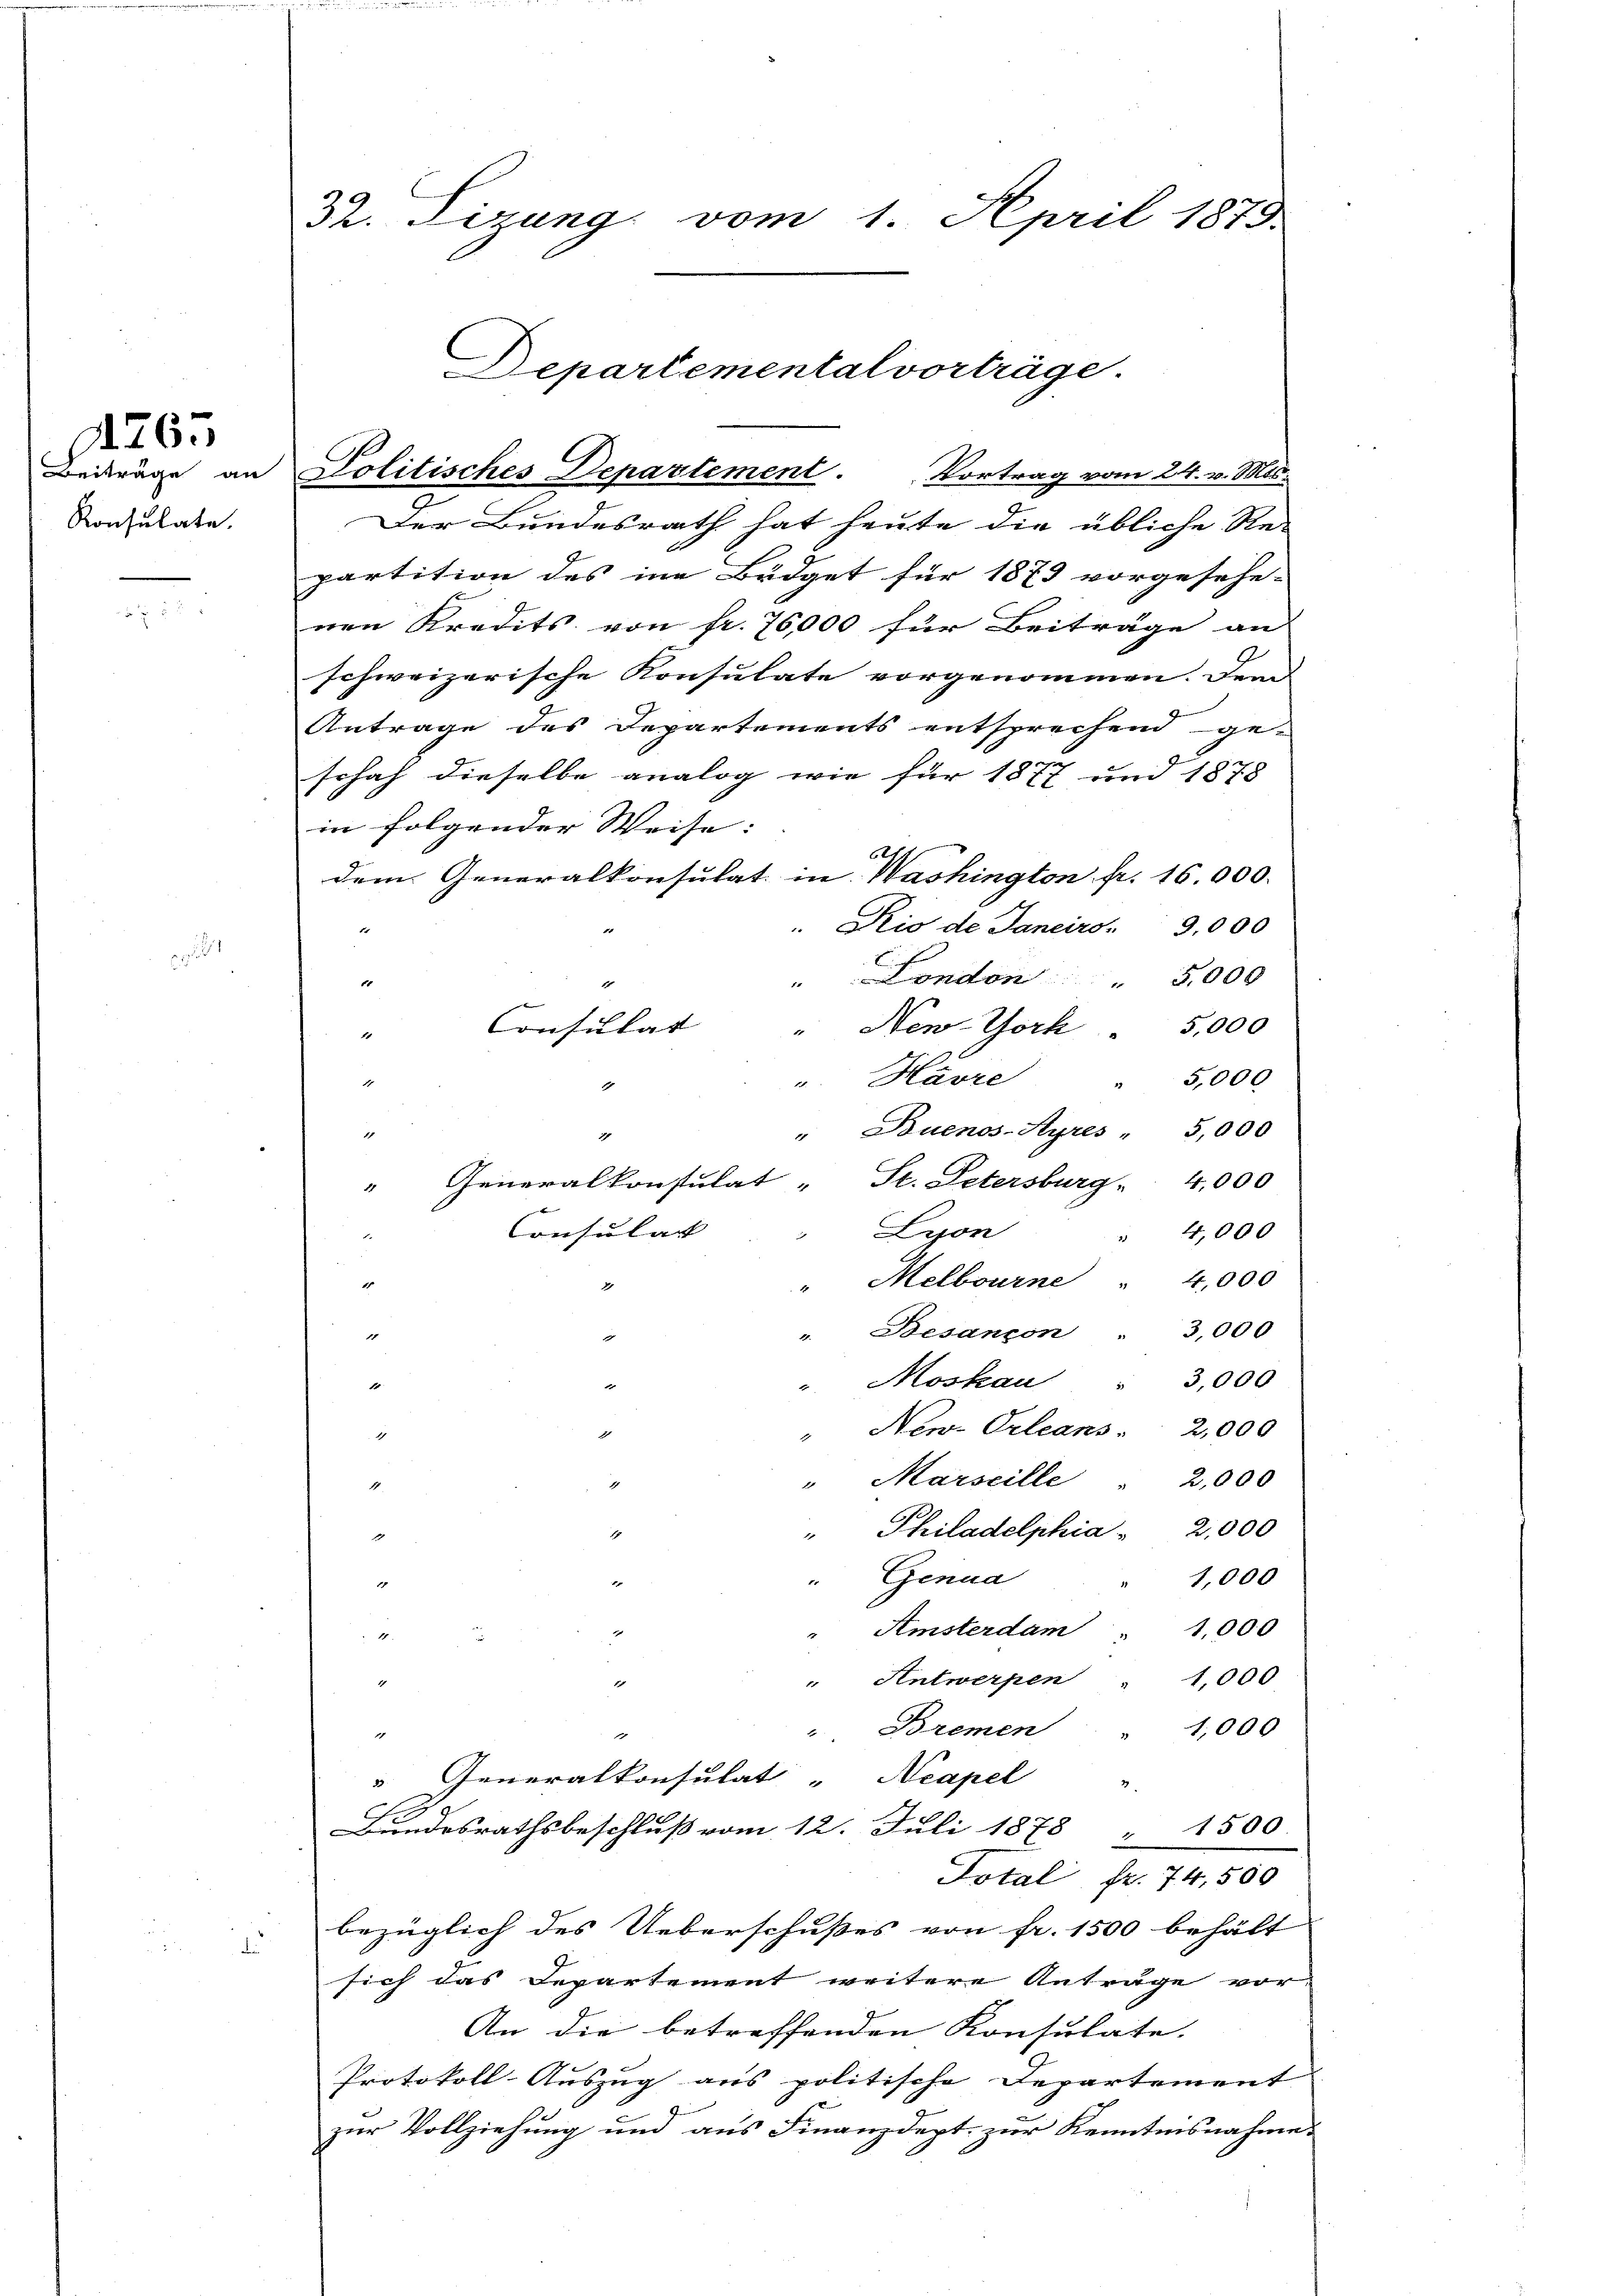
Beiträge an
Konsulate.

A.26.

Dr. Firung vom 1. April 1879.

epartemental vorträge.
Politisches Departement. Vortrag vom 24. v. Mts.

Der Bundesrath hat heute die übliche Re-
partition des in Büdget für 1873 vorgesehe-
nen Kredits von fr. 76,000 für Beiträge an
schweizerische Konsulate vorgenommen. Dem
Antrage des Departements entsprechend ge-
schaf dieselbe analog wie für 1877 und 1878
in folgender Weise:
21
dem Generalkonsulat in Washington pr. 16.000.
" Rio de Janeiro 9,000
" London " 5,000
1
" New York  5,000
1
5,000
u. Havre
1
1
Buenos-Ayres " 5,000
1
1
4
Generalkonstulat " St. Petersburg . 4,000
4
Consulat
Lyon
" 4,000
d
" Melbourne " 4,000
2
3,000
. Besancon
e
1
. Moskau " 3,000
e
15
" New-Orleans. 2,000
1
4
"Marseille
2,000
1
" Philadelphia 2,000
1
d
" Genua
1,000
1
e
1,000
Amsterdam
e

1,000
" Antwerpen
1
" Bremen
1,000
.
e
" Generalkonsulat "Neapel "
Bundesrathsbeschluß vom 12. Juli 1878
" 1500
Total fr. 74,500
bezüglich des Ueberschußes von fr. 1500 behält
sich das Departement weitere Anträge vor
An die betreffenden Konsulate.
Protokoll-Auszug aus politische Departement
zur Vollziehung und aus Finanzdept. zur Kenntnisnahme

1
Consulat